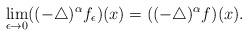
LaTeX: \begin{align*}\lim\limits_{\epsilon\to0}((-\triangle)^{\alpha}f_{\epsilon})(x)=((-\triangle)^{\alpha}f)(x).\end{align*}